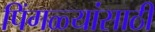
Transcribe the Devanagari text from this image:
पिंगळ्यांसाठी